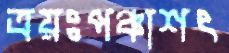
ত্রয়ঃপঞ্চাশৎ